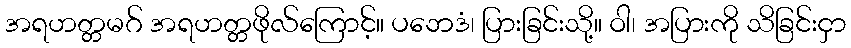
အရဟတ္တမဂ် အရဟတ္တဖိုလ်ကြောင့်။ ပဘေဒံ၊ ပြားခြင်းသို့။ ဝါ၊ အပြားကို သိခြင်းငှာ